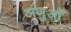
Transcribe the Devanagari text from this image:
अणुओँ